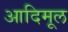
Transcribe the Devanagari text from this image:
आदिमूल